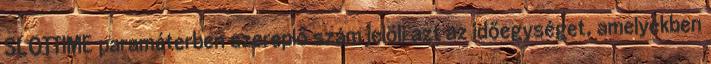
SLOTTIME paraméterben szereplő szám jelöli azt az időegységet, amelyekben